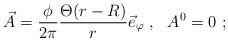
LaTeX: \begin{align*}\vec{A}=\frac{\phi}{2\pi}\frac{\Theta(r-R)}{r}\vec{e}_\varphi\ , \ \ A^0=0\ ;\end{align*}